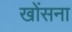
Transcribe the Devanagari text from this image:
खोंसना